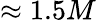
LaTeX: \approx 1.5M